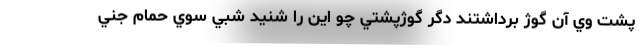
پشت وي آن گوژ برداشتند دگر گوژپشتي چو اين را شنيد شبي سوي حمام جني